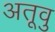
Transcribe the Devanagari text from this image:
अतूवु